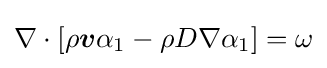
\nabla \cdot [\rho {\boldsymbol {v}}\alpha _{1}-\rho D\nabla \alpha _{1}]=\omega